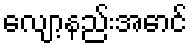
လျော့နည်းအောင်